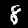
Label: 8